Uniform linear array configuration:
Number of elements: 48
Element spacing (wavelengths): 0.75
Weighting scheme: hamming
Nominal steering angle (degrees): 30
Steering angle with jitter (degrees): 31.512
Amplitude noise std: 0.05
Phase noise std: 0.05

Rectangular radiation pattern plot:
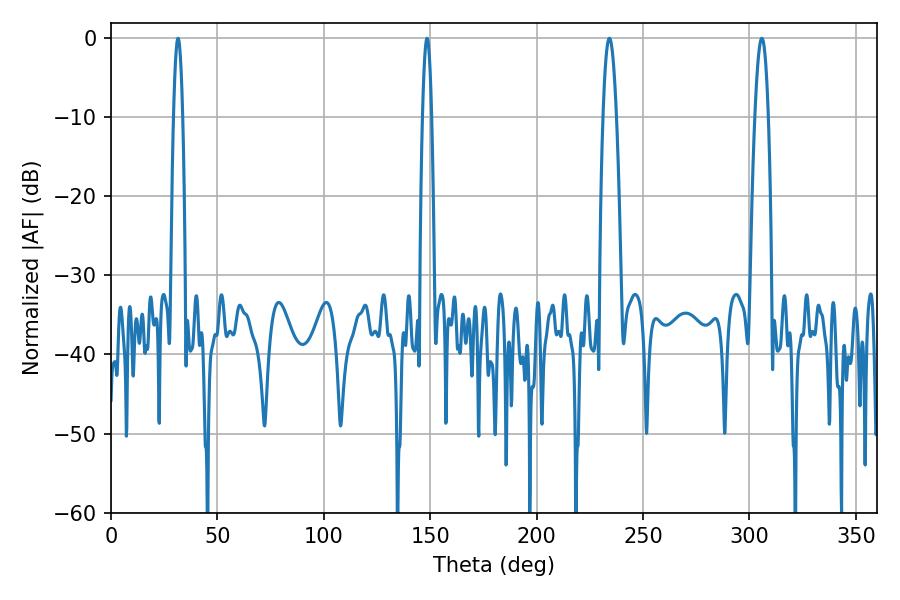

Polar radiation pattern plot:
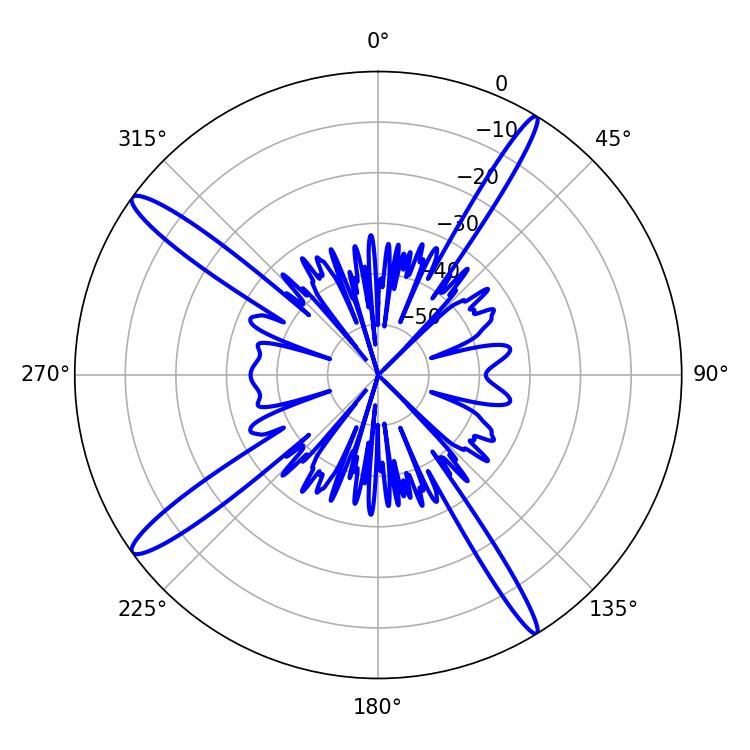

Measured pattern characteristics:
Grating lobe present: TRUE
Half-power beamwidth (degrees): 3.42
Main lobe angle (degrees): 234.18